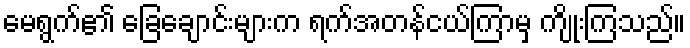
မေရွက်၏ ခြေချောင်းများက ရက်အတန်ငယ်ကြာမှ ကျိုးကြသည်။